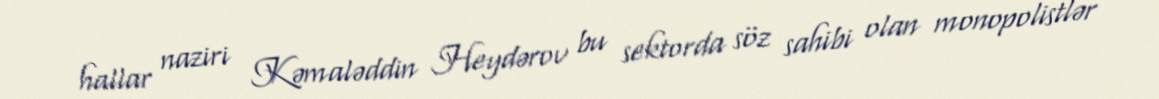
hallar naziri Kəmaləddin Heydərov bu sektorda söz sahibi olan monopolistlər